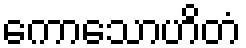
ကောသောဟိတံ